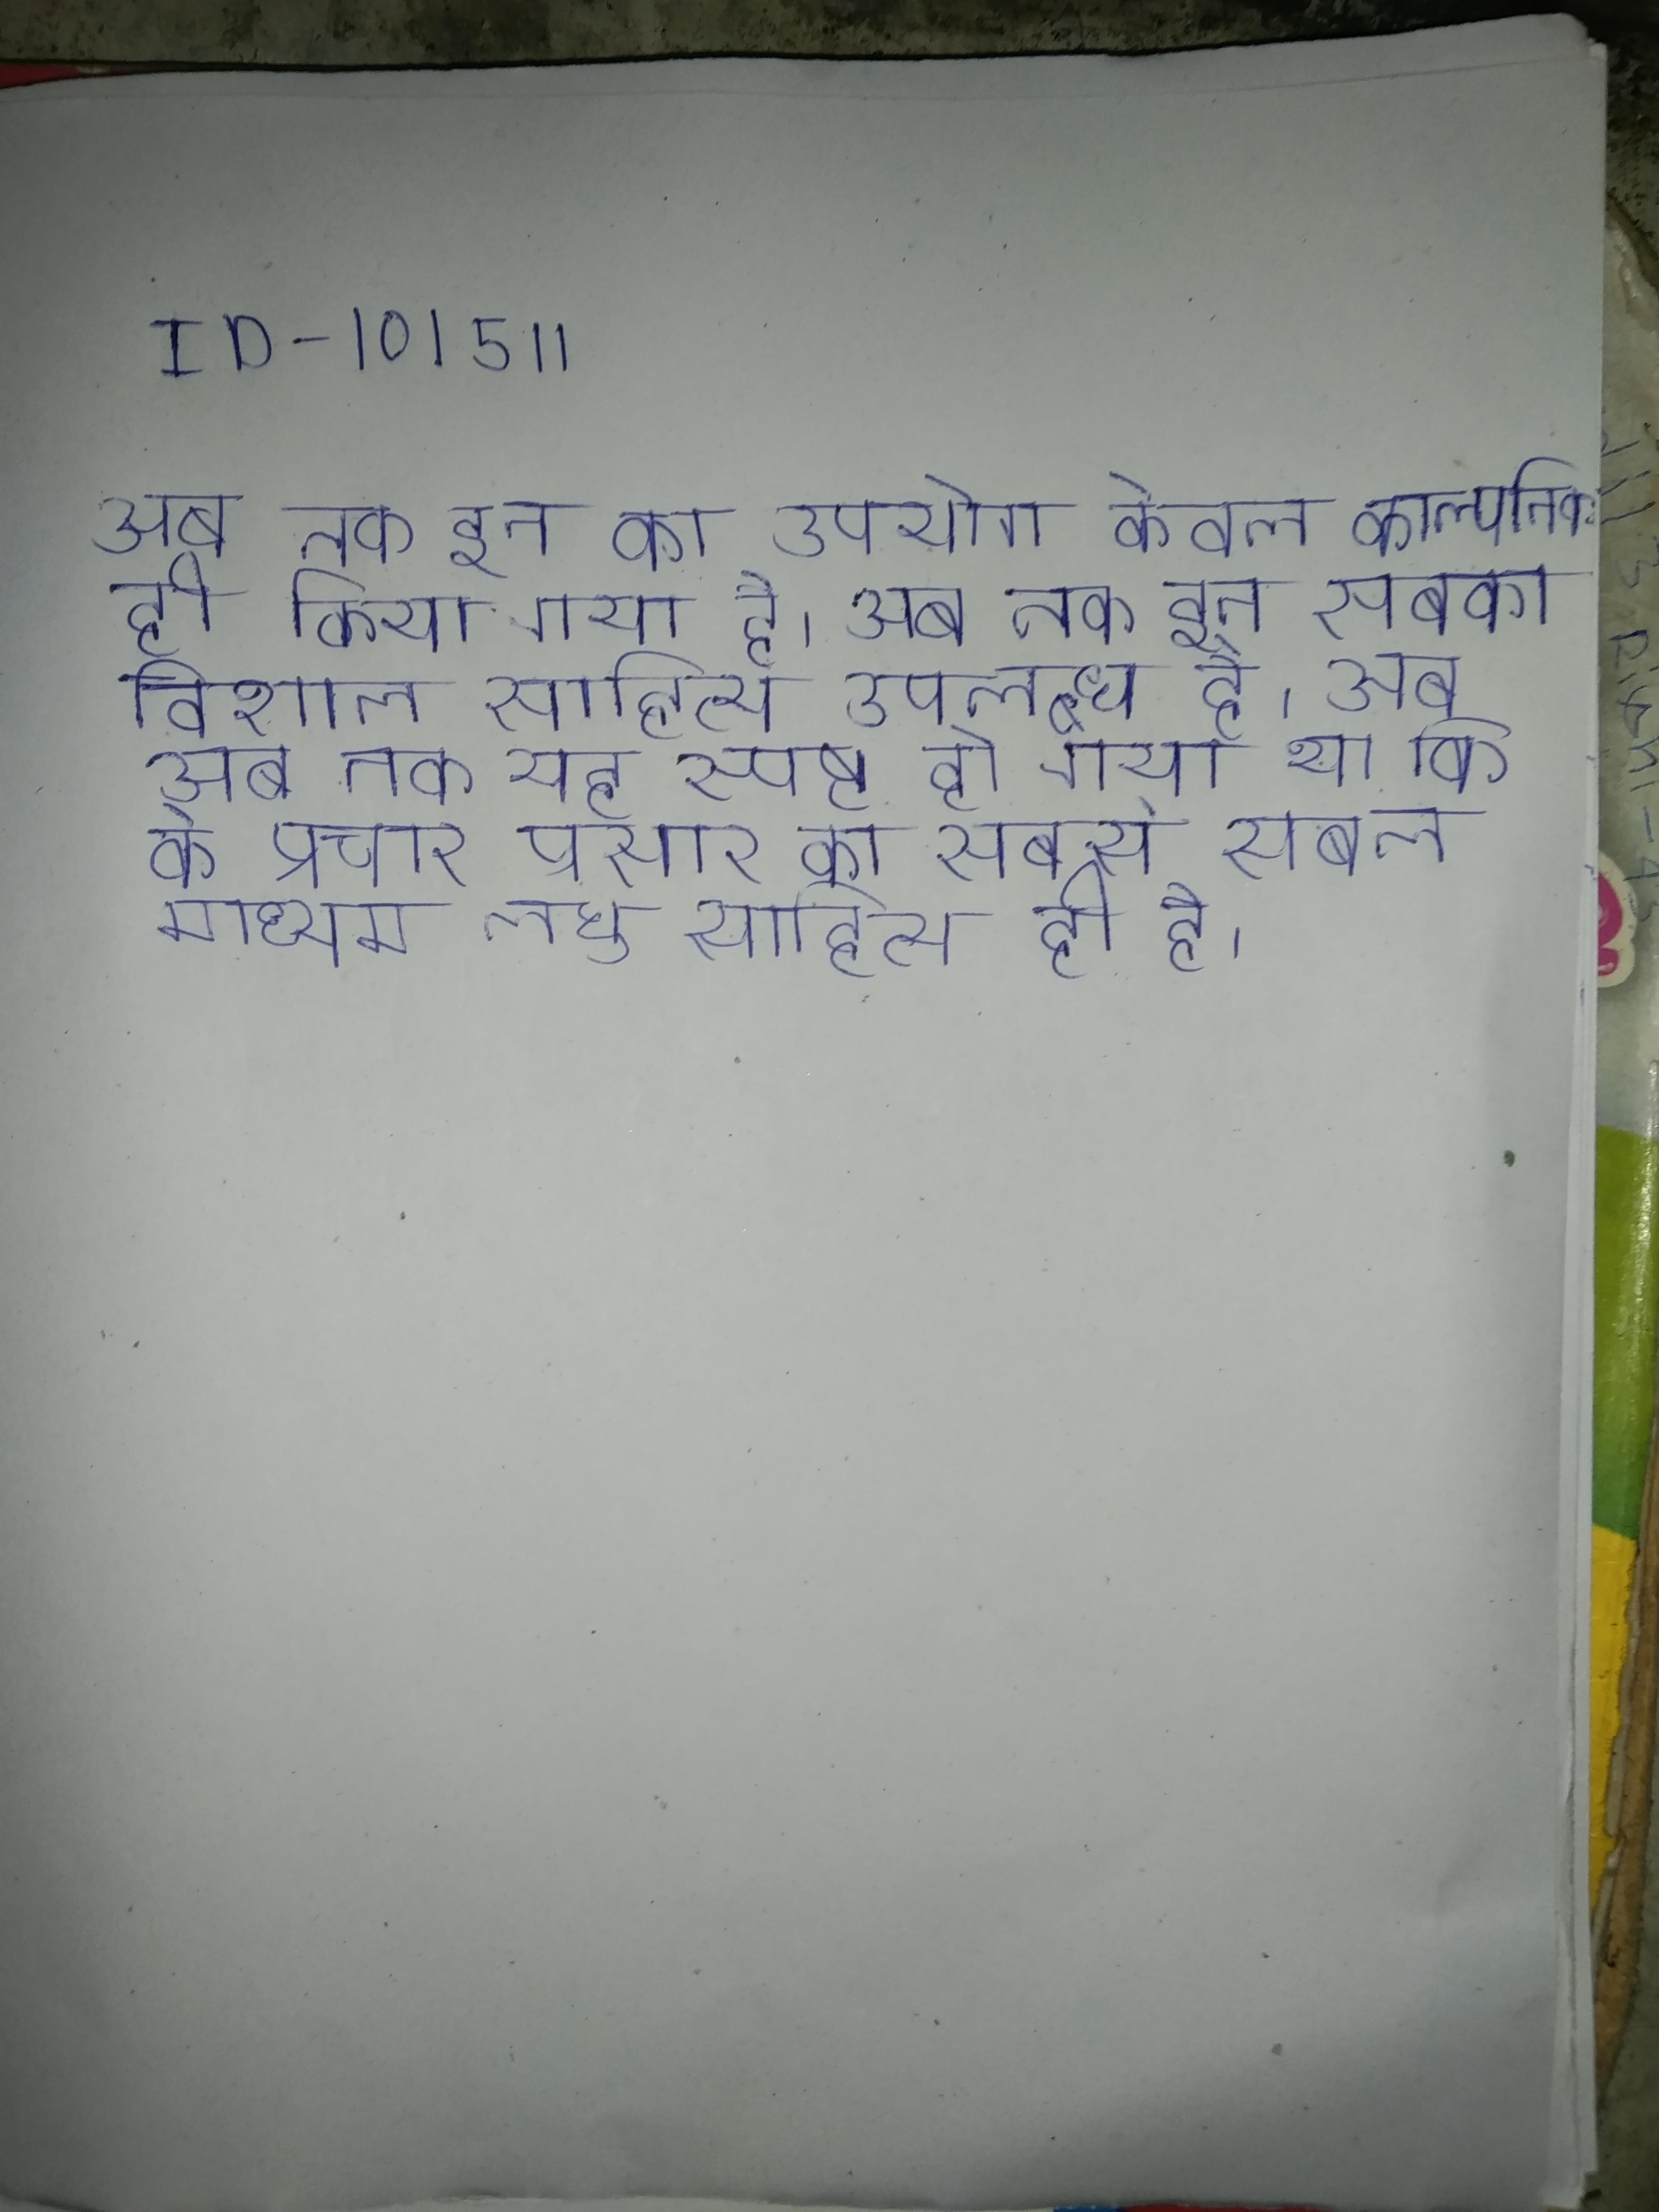
अब तक इन का उपयोग केवल काल्पनिक ही किया गया है । अब तक इन सबका विशाल साहित्य उपलब्ध है । अब तक यह स्पष्ट हो गया था कि के प्रचार प्रसार का सबसे सबल माध्यम लघु साहित्य ही है ।